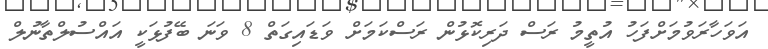
އަވަހާރަވުމަށްފަހު އުތީމު ރަސް ދަރިކޮޅުން ރަސްކަމަށް ވަޑައިގަތް 8 ވަނަ ބޭފުޅަކީ އައްސުލްތާނުލް